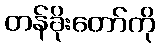
တန်ခိုးတော်ကို